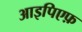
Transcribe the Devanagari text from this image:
आइपिएफ़